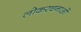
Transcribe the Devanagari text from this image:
लोकरचनाओं